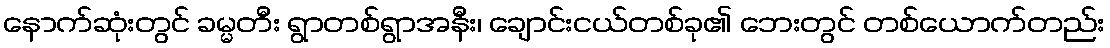
နောက်ဆုံးတွင် ခမ္မတီး ရွာတစ်ရွာအနီး၊ ချောင်းငယ်တစ်ခု၏ ဘေးတွင် တစ်ယောက်တည်း